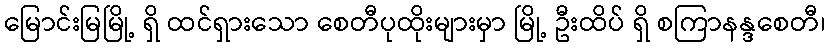
မြောင်းမြမြို့ ရှိ ထင်ရှားသော စေတီပုထိုးများမှာ မြို့ ဦးထိပ် ရှိ စကြာနန္ဒစေတီ၊